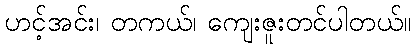
ဟင့်အင်း၊ တကယ်၊ ကျေးဇူးတင်ပါတယ်။